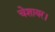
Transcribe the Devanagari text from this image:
चेशायर।